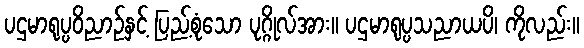
ပဌမာရုပ္ပဝိညာဉ်နှင့် ပြည့်စုံသော ပုဂ္ဂိုလ်အား။ ပဌမာရုပ္ပသညာယပိ၊ ကိုလည်း။